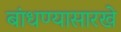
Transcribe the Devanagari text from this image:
बांधण्यासारखे